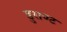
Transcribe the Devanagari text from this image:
डुराण्ट